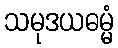
သမုဒယဓမ္မံ